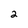
Character: 2